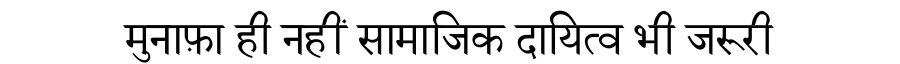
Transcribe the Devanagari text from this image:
मुनाफ़ा ही नहीं सामाजिक दायित्व भी जरूरी